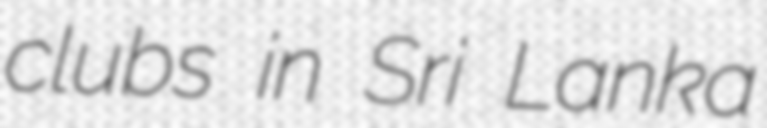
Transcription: clubs in Sri Lanka